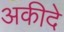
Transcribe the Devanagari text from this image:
अकीदे